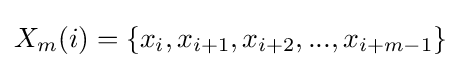
X_{m}(i)={\{x_{i},x_{i+1},x_{i+2},...,x_{i+m-1}\}}